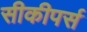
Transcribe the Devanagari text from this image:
सीकीपर्स